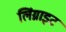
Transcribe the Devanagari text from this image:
लिंग्नाइट